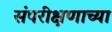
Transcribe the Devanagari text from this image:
संपरीक्षणाच्या